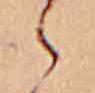
ゝ